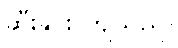
ဆီးနှင်း ကျသည်။